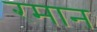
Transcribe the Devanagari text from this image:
रमान